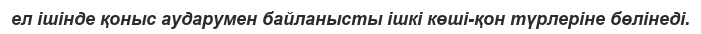
ел ішінде қоныс аударумен байланысты ішкі көші-қон түрлеріне бөлінеді.